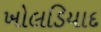
ખોલડિયાદ